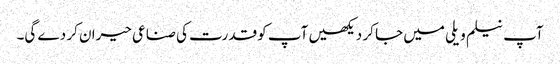
آپ نیلم ویلی میں جا کر دیکھیں آپ کو قدرت کی صناعی حیران کر دے گی۔